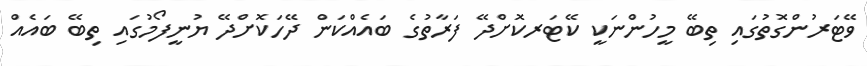
ވޭޓަރުންގޮތުގައި ތިބޭ މީހުންނަކީ ކޭޓަރކޮށްދޭ ފަރާތުގެ ބައެއްކަން ދޭހަކޮށްދޭ ޔުނީފޯމުގައި ތިބޭ ބައެއް